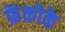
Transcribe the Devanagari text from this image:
फ्रेंकोके